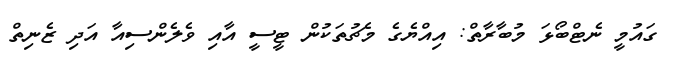
ގައުމީ ނެޓްބޯޅަ މުބާރާތް: އިއްޔެގެ މެޗުތަކުން ޓީސީ އާއި ވެލެންސިއާ އަދި ޒެނިތް